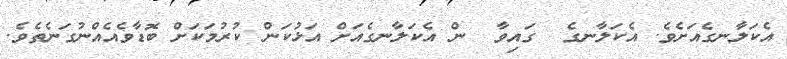
އެކަލާނގެއަށެވެ. އެކަލާނގެ  ގައިވާ  ން އެކަލާނގެއަށް އަޅުކަން ކުރުމަކަށް ބޮޑާވެއެއްނުގަނެތެވެ.